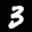
Label: 3